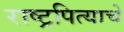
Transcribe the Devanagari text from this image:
राष्ट्रपित्याचे